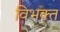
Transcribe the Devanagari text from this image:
विभक्‍त